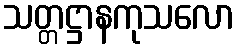
သတ္တဋ္ဌာနကုသလော